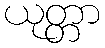
ယုတ္တာ